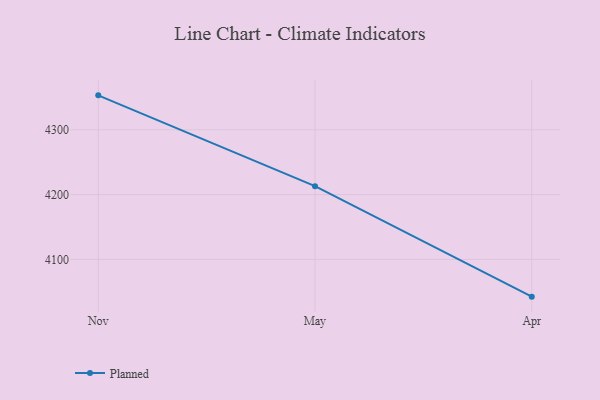
{"axis": {"x": "Month", "y": "Gross Profit (USD K)"}, "legend": ["Planned"], "data": [{"x": "Nov", "y": 4353.2, "type": "Planned"}, {"x": "May", "y": 4213.1, "type": "Planned"}, {"x": "Apr", "y": 4042.6, "type": "Planned"}]}